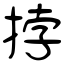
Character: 挬